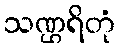
သဏ္ဌရိတုံ